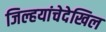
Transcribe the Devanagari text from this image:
जिल्हयांचेदेखिल